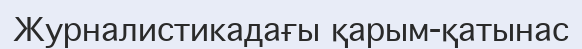
Журналистикадағы қарым-қатынас